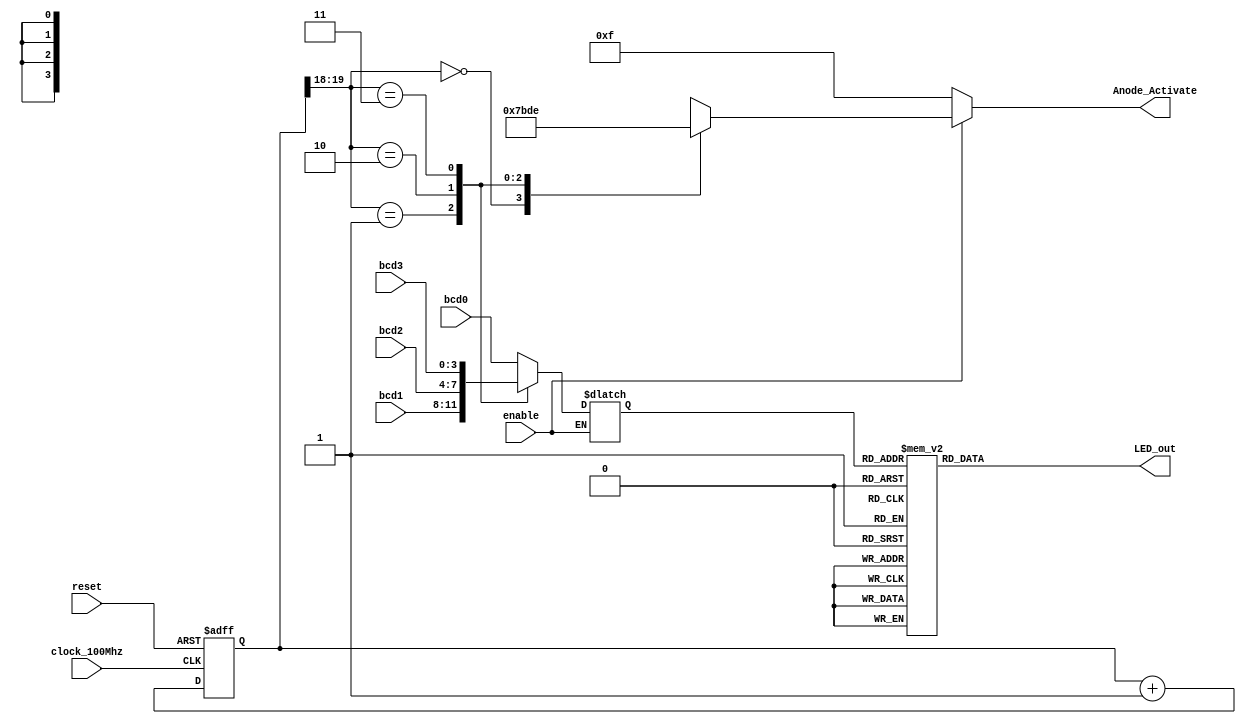
`timescale 1ns / 1ps
//////////////////////////////////////////////////////////////////////////////////
// Company: 
// Engineer: 
// 
// Design Name: 
// Module Name: display_LED
// Project Name: 
// Target Devices: 
// Tool Versions: 
// Description: 
// 
// Dependencies: 
// 
// Revision:
// Revision 0.01 - File Created
// Additional Comments:
// 
//////////////////////////////////////////////////////////////////////////////////


module display_LED(input clock_100Mhz, 
        input reset, // reset
        input enable,
        input [3:0] bcd0, //4 7-segment tube
        input [3:0] bcd1,
        input [3:0] bcd2,
        input [3:0] bcd3,
        output reg [3:0] Anode_Activate, // anode signals of the 7-segment LED display
        output reg [6:0] LED_out// cathode patterns of the 7-segment LED display
    );
        
        wire [15:0] displayed_number_wire = {bcd3, bcd2,bcd1,bcd0} ;
//        reg [15:0] displayed_number; // counting number to be displayed
        reg [3:0] LED_BCD;
        reg [19:0] refresh_counter; // 20-bit for creating 10.5ms refresh period or 380Hz refresh rate
                 // the first 2 MSB bits for creating 4 LED-activating signals with 2.6ms digit period
        wire [1:0] LED_activating_counter; 

        always @(posedge clock_100Mhz or negedge reset)
        begin 
            if(!reset)
                refresh_counter <= 0;
            else
                refresh_counter <= refresh_counter + 1;
                // refresh_counter <= refresh_counter + 17'b1_0000_0000_0000_0000;//debug
        end 
        assign LED_activating_counter = refresh_counter[19:18];
        always @(*)
        begin
            if(enable) begin
                case(LED_activating_counter)
                2'b00: begin
                    Anode_Activate = 4'b0111; 
                    LED_BCD = bcd0;
                    end
                2'b01: begin
                    Anode_Activate = 4'b1011; 
                    LED_BCD = bcd1;
                    end
                2'b10: begin
                    Anode_Activate = 4'b1101; 
                    LED_BCD = bcd2;
                        end
                2'b11: begin
                    Anode_Activate = 4'b1110; 
                    LED_BCD = bcd3;
                    end
                endcase
            end
            else Anode_Activate = 4'b1111; 
        end

        always @(*)
        begin
            case(LED_BCD)
            4'b0000: LED_out = 7'b0000001; // "0"     
            4'b0001: LED_out = 7'b1001111; // "1" 
            4'b0010: LED_out = 7'b0010010; // "2" 
            4'b0011: LED_out = 7'b0000110; // "3" 
            4'b0100: LED_out = 7'b1001100; // "4" 
            4'b0101: LED_out = 7'b0100100; // "5" 
            4'b0110: LED_out = 7'b0100000; // "6" 
            4'b0111: LED_out = 7'b0001111; // "7" 
            4'b1000: LED_out = 7'b0000000; // "8"     
            4'b1001: LED_out = 7'b0000100; // "9" 
            default: LED_out = 7'b0000001; // "0"
            endcase
        end

endmodule